Serum-therapy of plague in India - Number 20
Disease focus: Plague
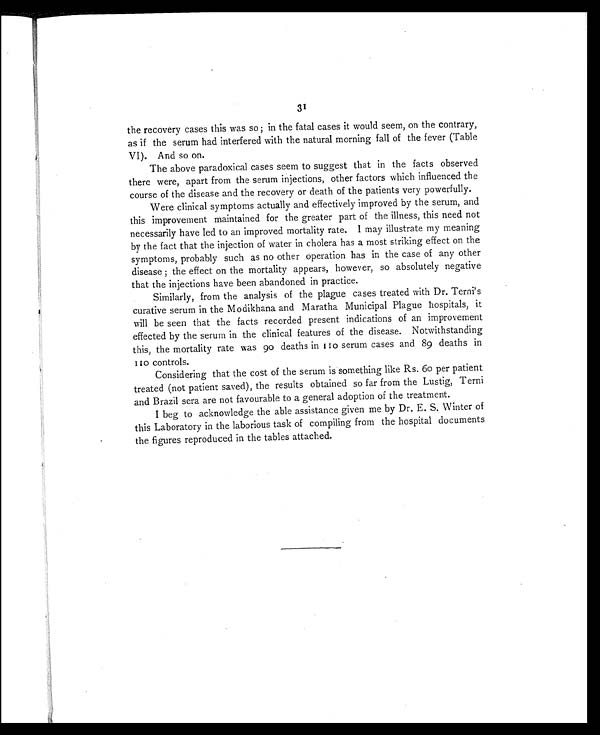
31
the recovery cases this was so ; in the fatal cases it would seem, on the contrary,
as if the serum had interfered with the natural morning fall of the fever (Table
VI). And so on.
The above paradoxical cases seem to suggest that in the facts observed
there were, apart from the serum injections, other factors which influenced the
course of the disease and the recovery or death of the patients very powerfully.
Were clinical symptoms actually and effectively improved by the serum, and
this improvement maintained for the greater part of the illness, this need not
necessarily have led to an improved mortality rate. I may illustrate my meaning
by the fact that the injection of water in cholera has a most striking effect on the
symptoms, probably such as no other operation has in the case of any other
disease ; the effect on the mortality appears, however, so absolutely negative
that the injections have been abandoned in practice.
Similarly, from the analysis of the plague cases treated with Dr. Terni's
curative serum in the Modikhana and Maratha Municipal Plague hospitals, it
will be seen that the facts recorded present indications of an improvement
effected by the serum in the clinical features of the disease. Notwithstanding
this, the mortality rate was 90 deaths in 110 serum cases and 89 deaths in
110 controls.
Considering that the cost of the serum is something like Rs. 60 per patient
treated (not patient saved), the results obtained so far from the Lustig, Terni
and Brazil sera are not favourable to a general adoption of the treatment.
I beg to acknowledge the able assistance given me by Dr. E. S. Winter of
this Laboratory in the laborious task of compiling from the hospital documents
the figures reproduced in the tables attached.